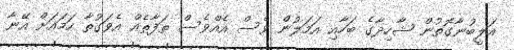
އަލީބުނާގޮތުން ޝާހިދާގެ ބަހާއި އަމަލުން ވެސް އެއްވެސް ތަފާތެއް އެވަގުތާ ހަމައަށް އޭނާ